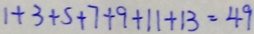
1 + 3 + 5 + 7 + 9 + 1 1 + 1 3 = 4 9